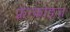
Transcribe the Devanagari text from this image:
फ़्रेंन्कोइज